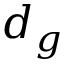
d _ { g }